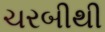
ચરબીથી